Vaccination report Assam 1874-1896 - 1874-1896
Year: 1874
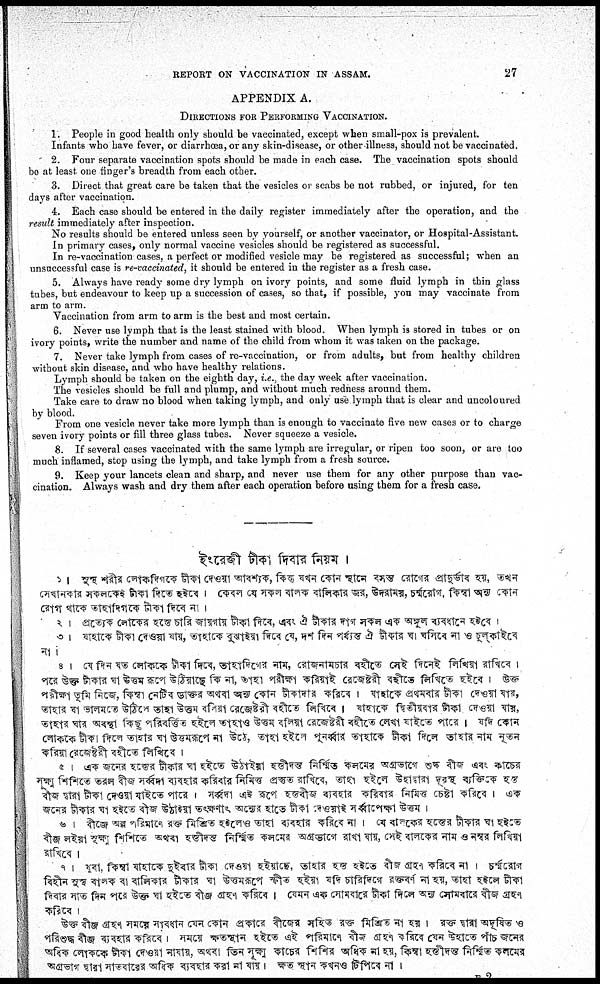
REPORT ON VACCINATION IN ASSAM.
27
APPENDIX A.
DIRECTIONS FOR PERFORMING VACCINATION.
1. People in good health only should be vaccinated, except when small-pox is prevalent.
Infants who have fever, or diarrhœa, or any skin-disease, or other illness, should not be vaccinated.
2. Four separate vaccination spots should be made in each case. The vaccination spots should
be at least one finger's breadth from each other.
3. Direct that great care be taken that the vesicles or scabs be not rubbed, or injured, for ten
days after vaccination.
4. Each case should be entered in the daily register immediately after the operation, and the
result immediately after inspection.
No results should be entered unless seen by yourself, or another vaccinator, or Hospital-Assistant.
In primary cases, only normal vaccine vesicles should be registered as successful.
In re-vaccination cases, a perfect or modified vesicle may be registered as successful; when an
unsuccessful case is re-vaccinated, it should be entered in the register as a fresh case.
5. Always have ready some dry lymph on ivory points, and some fluid lymph in thin glass
tubes, but endeavour to keep up a succession of cases, so that, if possible, you may vaccinate from
arm to arm.
Vaccination from arm to arm is the best and most certain.
6. Never use lymph that is the least stained with blood. When lymph is stored in tubes or on
ivory points, write the number and name of the child from whom it was taken on the package.
7. Never take lymph from cases of re-vaccination, or from adults, but from healthy children
without skin disease, and who have healthy relations.
Lymph should be taken on the eighth day, i.e., the day week after vaccination.
The vesicles should be full and plump, and without much redness around them.
Take care to draw no blood when taking lymph, and only use lymph that is clear and uncoloured
by blood.
From one vesicle never take more lymph than is enough to vaccinate five new cases or to charge
seven ivory points or fill three glass tubes. Never squeeze a vesicle.
8. If several cases vaccinated with the same lymph are irregular, or ripen too soon, or are too
much inflamed, stop using the lymph, and take lymph from a fresh source.
9. Keep your lancets clean and sharp, and never use them for any other purpose than vac-
cination. Always wash and dry them after each operation before using them for a fresh case.
E 2